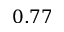
0 . 7 7